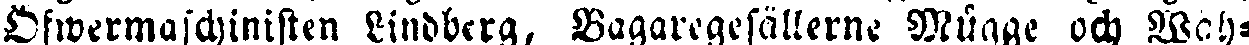
Öfwermaschinisten Lindberg, Bagaregesällerne Münge och Wch-